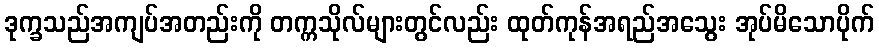
ဒုက္ခသည်အကျပ်အတည်းကို တက္ကသိုလ်များတွင်လည်း ထုတ်ကုန်အရည်အသွေး အုပ်မိသောပိုက်